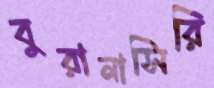
বুরানাসিরি